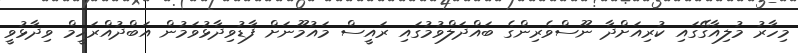
މިހާރު މުލިއާގޭގައި ކުރިއަށްދާ ނޫސްވެރިންގެ ބައްދަލްވުމުގައި ރައީސް މައުމޫނަށް ފާޑުވިދާޅުވަމުން އަބްދުއްރަހީމް ވިދާޅުވީ